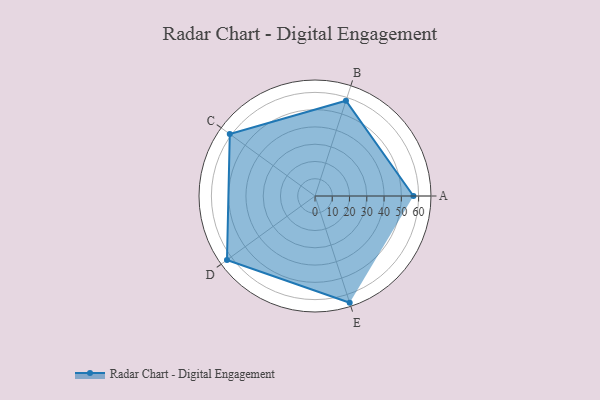
{"axis": {"x": "Skill", "y": "Score"}, "legend": ["Profile"], "data": [{"x": "A", "y": 57.0, "type": "Profile"}, {"x": "B", "y": 58.0, "type": "Profile"}, {"x": "C", "y": 61.0, "type": "Profile"}, {"x": "D", "y": 63.0, "type": "Profile"}, {"x": "E", "y": 65.0, "type": "Profile"}]}